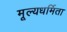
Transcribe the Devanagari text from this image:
मूल्यधर्मिता